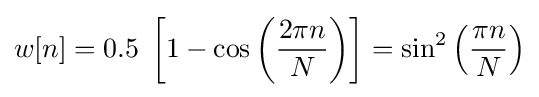
w[n]=0.5\;\left[1-\cos \left({\frac {2\pi n}{N}}\right)\right]=\sin ^{2}\left({\frac {\pi n}{N}}\right)